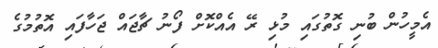
އެމީހުން ބުނި ގޮތުގައި މުޅި ރޭ އެއްކޮށް ފޯނު ޗާޖައް ޖަހާފައި އޮތުމުގެ